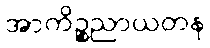
အာကိဉ္စညာယတန